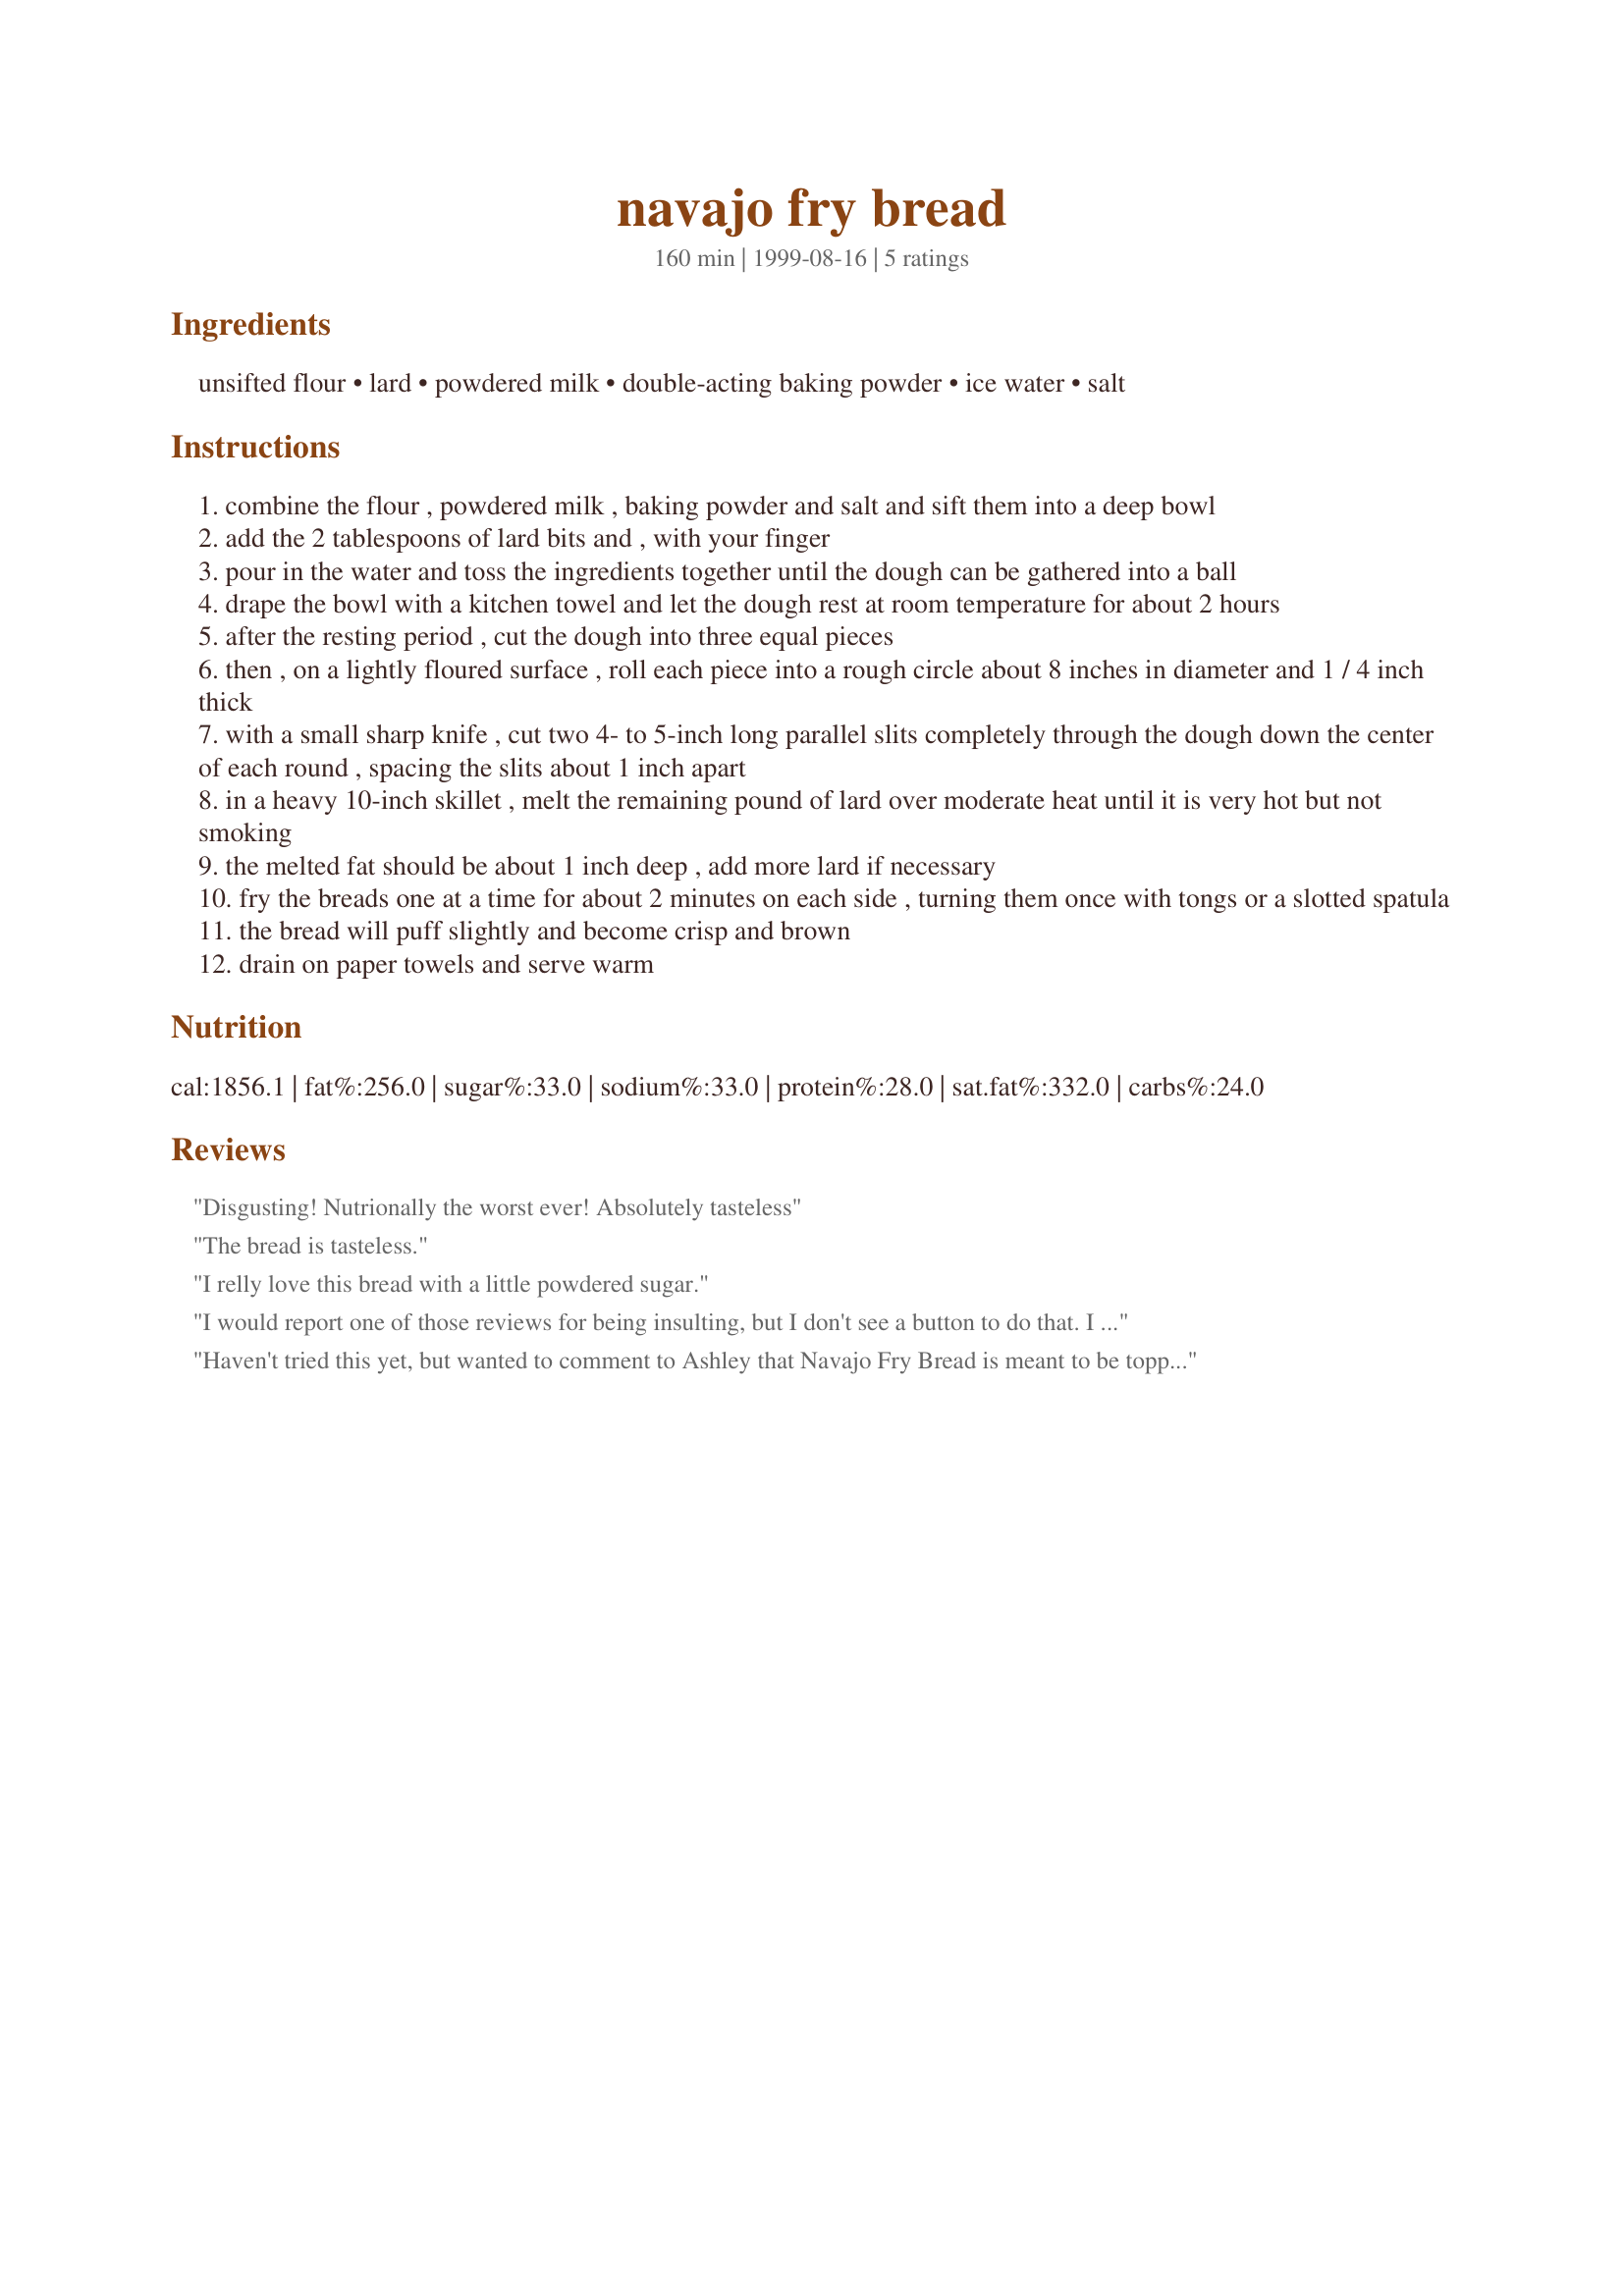
navajo fry bread
Preparation time: 160 minutes

Ingredients:
unsifted flour, lard, powdered milk, double-acting baking powder, ice water, salt

Steps:
combine the flour , powdered milk , baking powder and salt and sift them into a deep bowl
add the 2 tablespoons of lard bits and , with your finger
pour in the water and toss the ingredients together until the dough can be gathered into a ball
drape the bowl with a kitchen towel and let the dough rest at room temperature for about 2 hours
after the resting period , cut the dough into three equal pieces
then , on a lightly floured surface , roll each piece into a rough circle about 8 inches in diameter and 1 / 4 inch thick
with a small sharp knife , cut two 4- to 5-inch long parallel slits completely through the dough down the center of each round , spacing the slits about 1 inch apart
in a heavy 10-inch skillet , melt the remaining pound of lard over moderate heat until it is very hot but not smoking
the melted fat should be about 1 inch deep , add more lard if necessary
fry the breads one at a time for about 2 minutes on each side , turning them once with tongs or a slotted spatula
the bread will puff slightly and become crisp and brown
drain on paper towels and serve warm

Reviews:
Disgusting! Nutrionally the worst ever! Absolutely tasteless
The bread is tasteless.
I relly love this bread with a little powdered sugar.
I would report one of those reviews for being insulting, but I don't see a button to do that. 
I will add to Molly's review that this bread is meant to be topped. I don't think anybody expects pizza dough to have a lot of flavor either. 
Most cultures have some kind of flatbread and/or fry bread. 
This is one variation. The various Indian nations each have their own popular version, but all of them are basically the same in every culture - flour, water, salt, simple or no leavening. I put a little hole in the middle of mine. 
I love fry bread! Fry Bread Power!!
Haven't tried this yet, but wanted to comment to Ashley that Navajo Fry Bread is meant to be topped with powdered sugar or honey, or used for the delectable "Navajo Taco" (top with refried beans, lettuce, tomato and shredded cheese).
